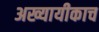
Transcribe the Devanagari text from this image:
अख्यायीकाच